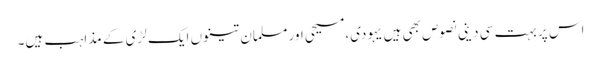
اس پر بہت سی دینی نصوص بھی ہیں یہودی،مسیحی اور مسلمان تینوں ایک لڑی کے مذاہب ہیں۔